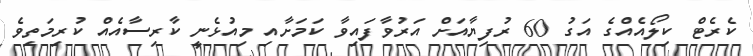
ކެރެޓް ކިލޯއެއްގެ އަގު 60 ރުފިޔާއަށް އަރުވާފައިވާ ކަމަށާއި މިއުޅެނީ ކާރިސާއެއް ކުރިމަތިވެ